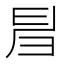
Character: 𢑚